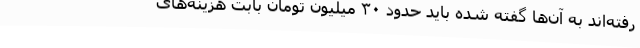
رفته‌اند به آن‌ها گفته شده باید حدود ۳۰ میلیون تومان بابت هزینه‌های